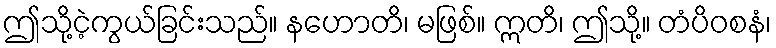
ဤသို့ငဲ့ကွယ်ခြင်းသည်။ နဟောတိ၊ မဖြစ်။ ဣတိ၊ ဤသို့။ တံပိဝစနံ၊